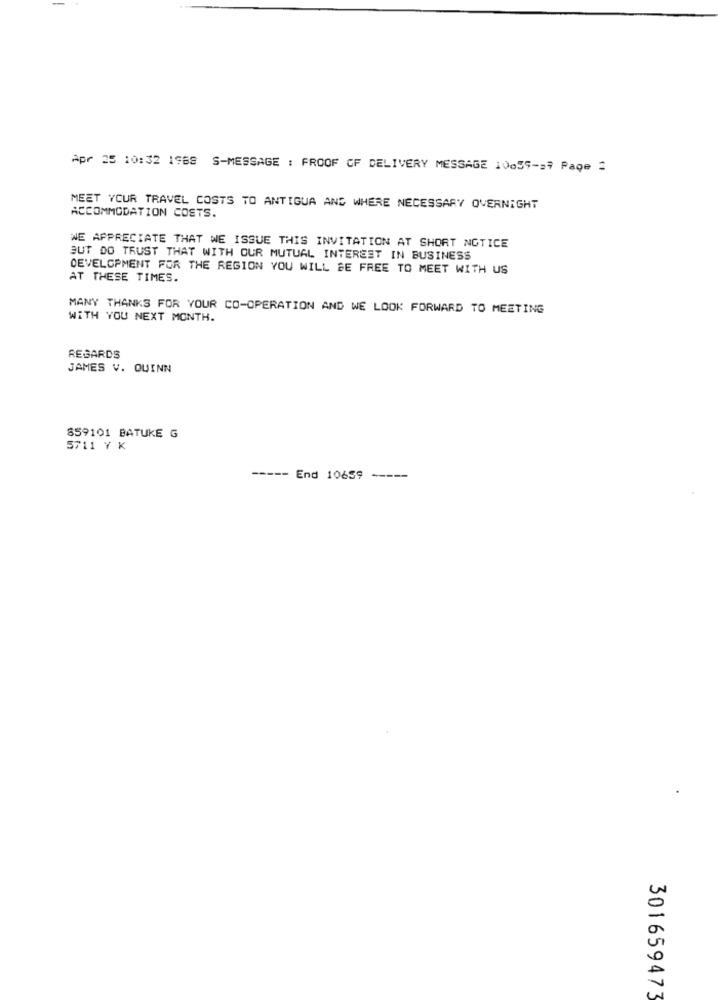
Apr 25 10:32 1968 S-MESSAGE : FROOF CF DELIVERY MESSAGE 10055-27 Page =
MEET YOUR TRAVEL COSTS TO ANTIGUA AND WHERE NECESSARY OVERNIGHT
ACCOMMODATION COSTS.
WE APPRECIATE THAT WE ISSUE THIS INVITATION AT SHORT NOTICE
BUT DO TRUST THAT WITH OUR MUTUAL INTEREST IN BUSINESS
DEVELOPMENT FOR THE REGION YOU WILL BE FREE TO MEET WITH US
AT THESE TIMES.
MANY THANKS FOR YOUR CO-OPERATION AND WE LOOK FORWARD TO MEETING
WITH YOU NEXT MONTH.
REGARDS
JAMES V. QUINN
859101 BATUKE G
5711 Y K
----- End 10659
----
301659473